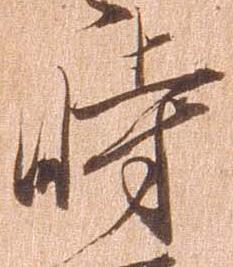
時